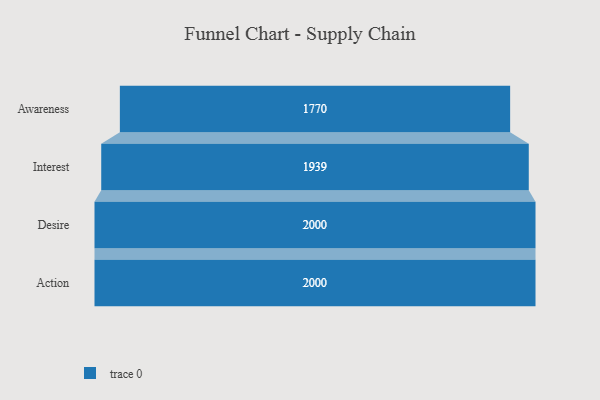
{"axis": {"x": "Stage", "y": "Value"}, "legend": [""], "data": [{"x": "Awareness", "y": 1770.0, "type": ""}, {"x": "Interest", "y": 1939.0, "type": ""}, {"x": "Desire", "y": 2000, "type": ""}, {"x": "Action", "y": 2000, "type": ""}]}